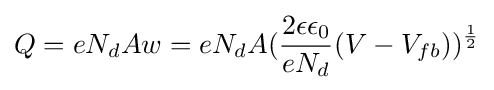
Q=eN_{d}Aw=eN_{d}A({\frac {2\epsilon \epsilon _{0}}{eN_{d}}}(V-V_{fb}))^{\frac {1}{2}}